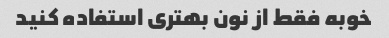
خوبه فقط از نون بهتری استفاده کنید